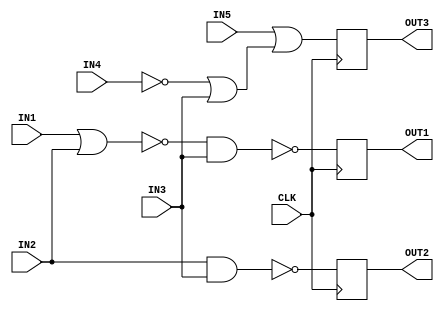
module assigment(IN1,IN2,IN3,IN4,IN5,CLK,OUT1,OUT2,OUT3);
  /*input declearation*/
input IN1;
input IN2;
input IN3;
input IN4;
input IN5;
input CLK;
/*output decleartion*/
output OUT1;
output OUT2;
output OUT3;
/*signal delecration*/
/*
D1 FOR  (IN3 NAND D4)
D2 FOR (IN2 NAND IN3)
D3 FOR (IN5 OR D6)
D4 FOR (IN1 NOR IN2)
D5 FOR (IN4 ')
D6 FOR (IN3 OR IN4')
*/
reg OUT1;
reg OUT2;
reg OUT3;
reg D1;
reg D2;
reg D3;
reg D4;
reg D5;
reg D6;
/*
Code script (Always block for logic gate and flip flops
-----------
Always block for logic gates (6)
1-always block for (IN1 NOR IN2).....RESULT D4
2-always block for (IN4).............RESULT D5
3-always block for (D5 OR IN3).......RESULT D6
4-always block for (D4 NAND IN3).....RESULT D1
5-always block for (IN2 NAND IN3)....RESULT D2
6-always block for (IN5 OR D6).......RESULT D3
*/
always@(IN1,IN2)
begin
  D4=~(IN1|IN2);
end

always@(IN4)
begin
  D5=~(IN4);//IN4'
end 

always@(D5,IN3)
begin
  D6=(D5|IN3);
end

always@(D4,IN3)
begin
  D1=~(D4&IN3);
end

always@(IN2,IN3)
begin
  D2=~(IN2&IN3);
end

always@(IN5,D6)
begin
  D3=IN5|D6 ;
end

/*Always block for flip flop (3):
--------------------------------
1-always block for (FIRST FLIP FLOP)
2-always block for (second flip flop)
3-always block for (third flip flop)
*/

always@(posedge CLK)
begin
  OUT1<=D1;
end

always@(posedge CLK)
begin
  OUT2<=D2;
end

always@(posedge CLK)
begin
  OUT3<=D3;
end

endmodule